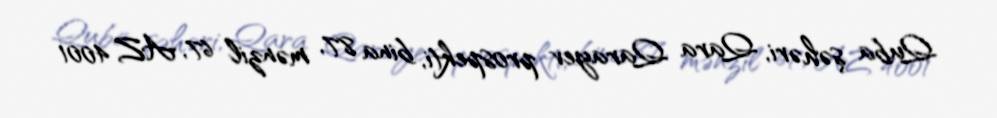
Quba şəhəri, Qara Qarayev prospekti, bina 87, mənzil 67, AZ 4001